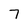
Character: 7